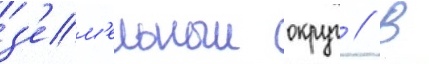
з'ем'ельныи округ // В